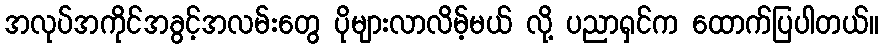
အလုပ်အကိုင်အခွင့်အလမ်းတွေ ပိုများလာလိမ့်မယ် လို့ ပညာရှင်က ထောက်ပြပါတယ်။